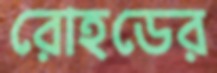
রোহডের